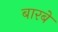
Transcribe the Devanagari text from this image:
बारबे